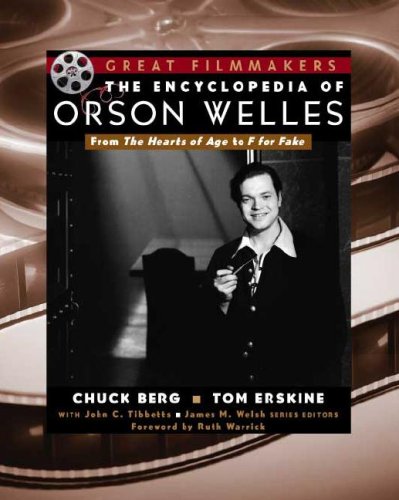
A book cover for Encyclopedia of Orson Welles (Great Filmmakers); Chuck Berg; Humor & Entertainment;